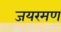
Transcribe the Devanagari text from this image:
जयरमण